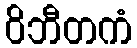
ဝိဘီတကံ